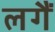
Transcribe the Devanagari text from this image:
लगैं